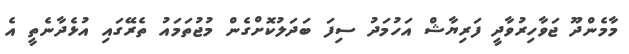
މާމެންދޫ ޖަވާހިރުވާދީ ފަރިޔާޝް އަހުމަދު ސިފަ ބަދަލުކޮށްގެން މުޖުތަމައު ތެރޭގައި އުޅެދާނެތީ އެ